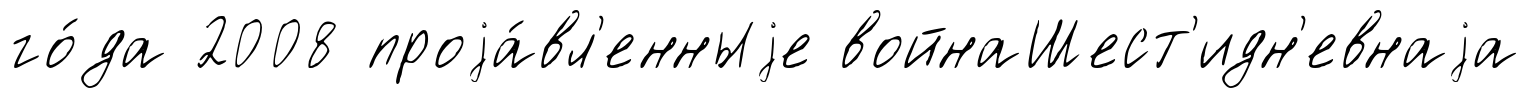
го́да 2008 проjа́вл'енныjе войнаШест'идн'евнаjа